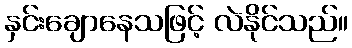
နှင်းချောနေသဖြင့် လဲနိုင်သည်။